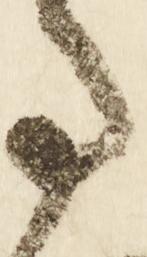
事